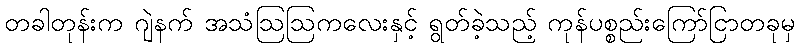
တခါတုန်းက ဂျဲနက် အသံဩဩကလေးနှင့် ရွတ်ခဲ့သည့် ကုန်ပစ္စည်းကြော်ငြာတခုမှ